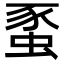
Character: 𧋠